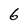
Character: 6